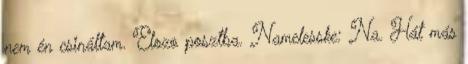
nem én csináltam. Elozo posztba. Namelesske: Na. Hát más